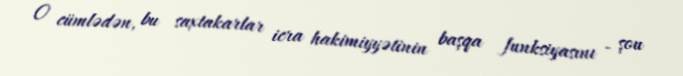
O cümlədən, bu saxtakarlar icra hakimiyyətinin başqa funksiyasını - şou